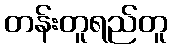
တန်းတူရည်တူ